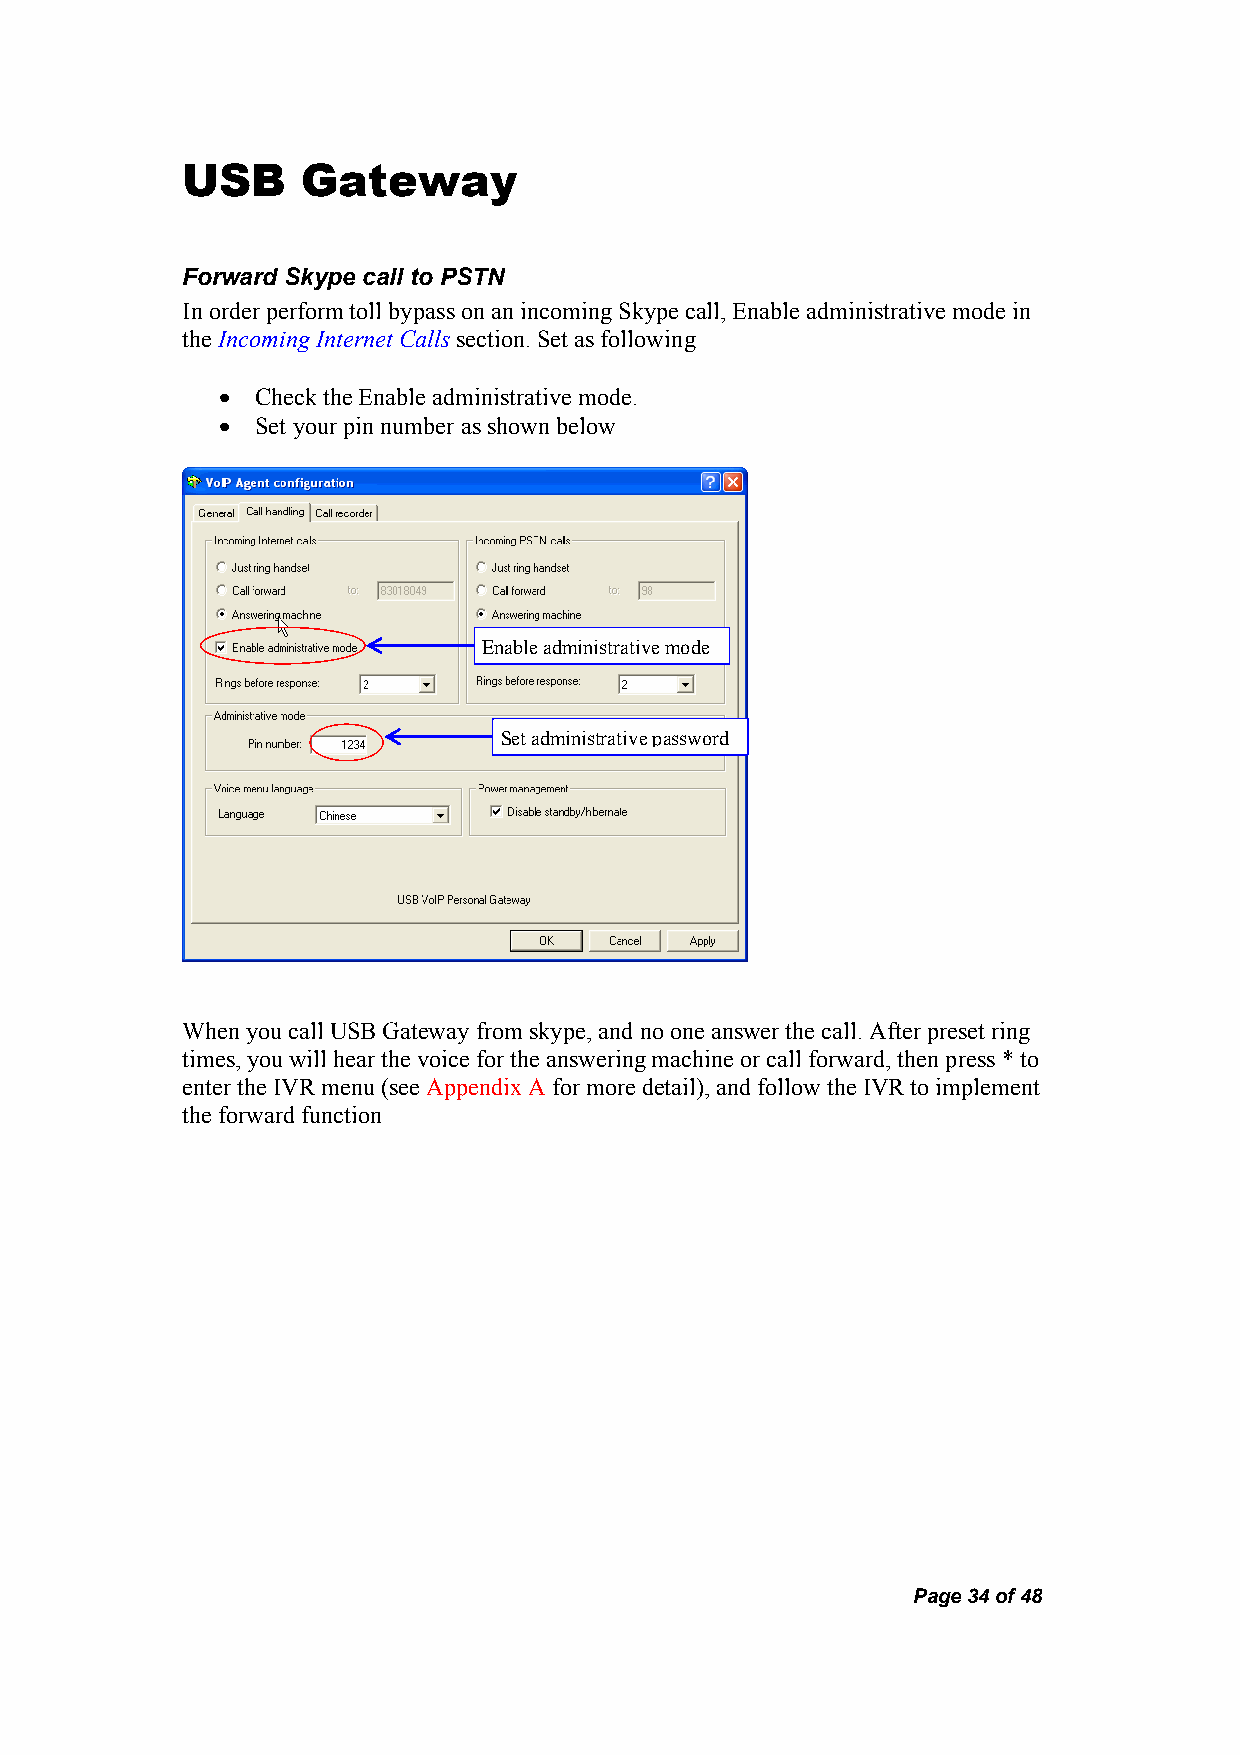
USB     Gateway
 Forward Skype call to PSTN
 In order perform toll bypass on an incoming Skype call, Enable administrative mode in
 the Incoming Internet Calls section. Set as following
 •  Check the Enable administrative mode.
 •  Set your pin number as shown below
 Enable administrative mode
 Set administrative password
 When you call USB Gateway from skype, and no one answer the call. After preset ring
 times, you will hear the voice for the answering machine or call forward, then press * to
 enter the IVR menu (see Appendix A for more detail), and follow the IVR to implement
 the forward function
 Page 34 of 48